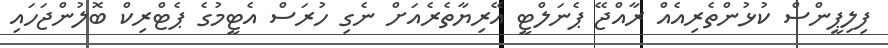
ފިލިޕީންސް ކުޅުންތެރިއެއް ރާއްޖޭ ޕެނަލްޓީ އޭރިޔާތެރެއަށް ނެގި ހުރަސް އެޓީމުގެ ޕެޓްރިކް ބޮލުންޖަހައި